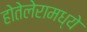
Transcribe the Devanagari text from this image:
होतेलेरामध्ये